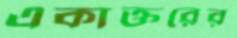
একাক্তরের